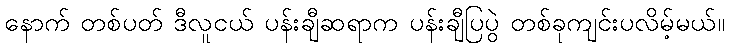
နောက် တစ်ပတ် ဒီလူငယ် ပန်းချီဆရာက ပန်းချီပြပွဲ တစ်ခုကျင်းပလိမ့်မယ်။